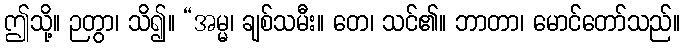
ဤသို့။ ဉတွာ၊ သိ၍။ “အမ္မ၊ ချစ်သမီး။ တေ၊ သင်၏။ ဘာတာ၊ မောင်တော်သည်။